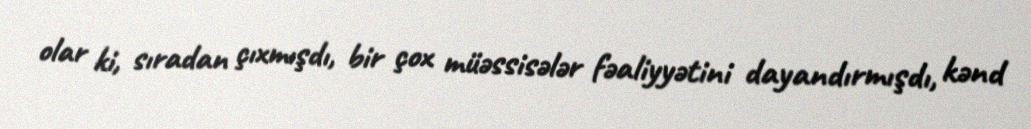
olar ki, sıradan çıxmışdı, bir çox müəssisələr fəaliyyətini dayandırmışdı, kənd